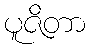
ပူဇိတာ